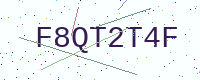
Text: F8QT2T4F